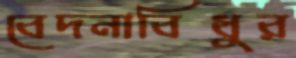
বেদনাবিধুর